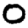
Digit: 0